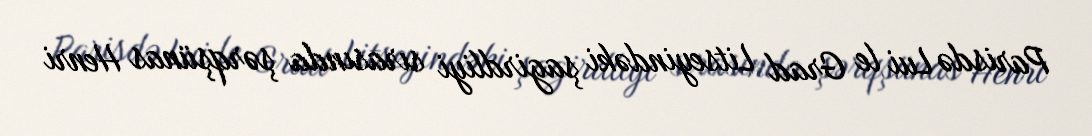
Parisdə Lui le Grad Litseyindəki şagirdliyi sırasında şərqşünas Henri